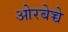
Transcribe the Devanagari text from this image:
ओरबेच्चे